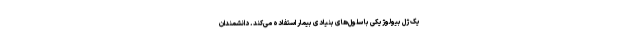
یک ژل بیولوژیکی با سلول‌های بنیادی بیمار استفاده می‌کند. دانشمندان